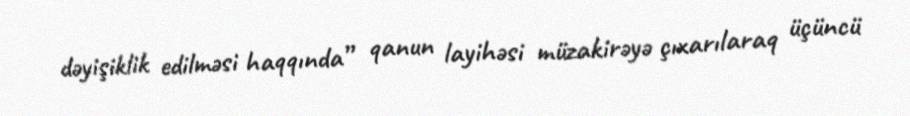
dəyişiklik edilməsi haqqında” qanun layihəsi müzakirəyə çıxarılaraq üçüncü